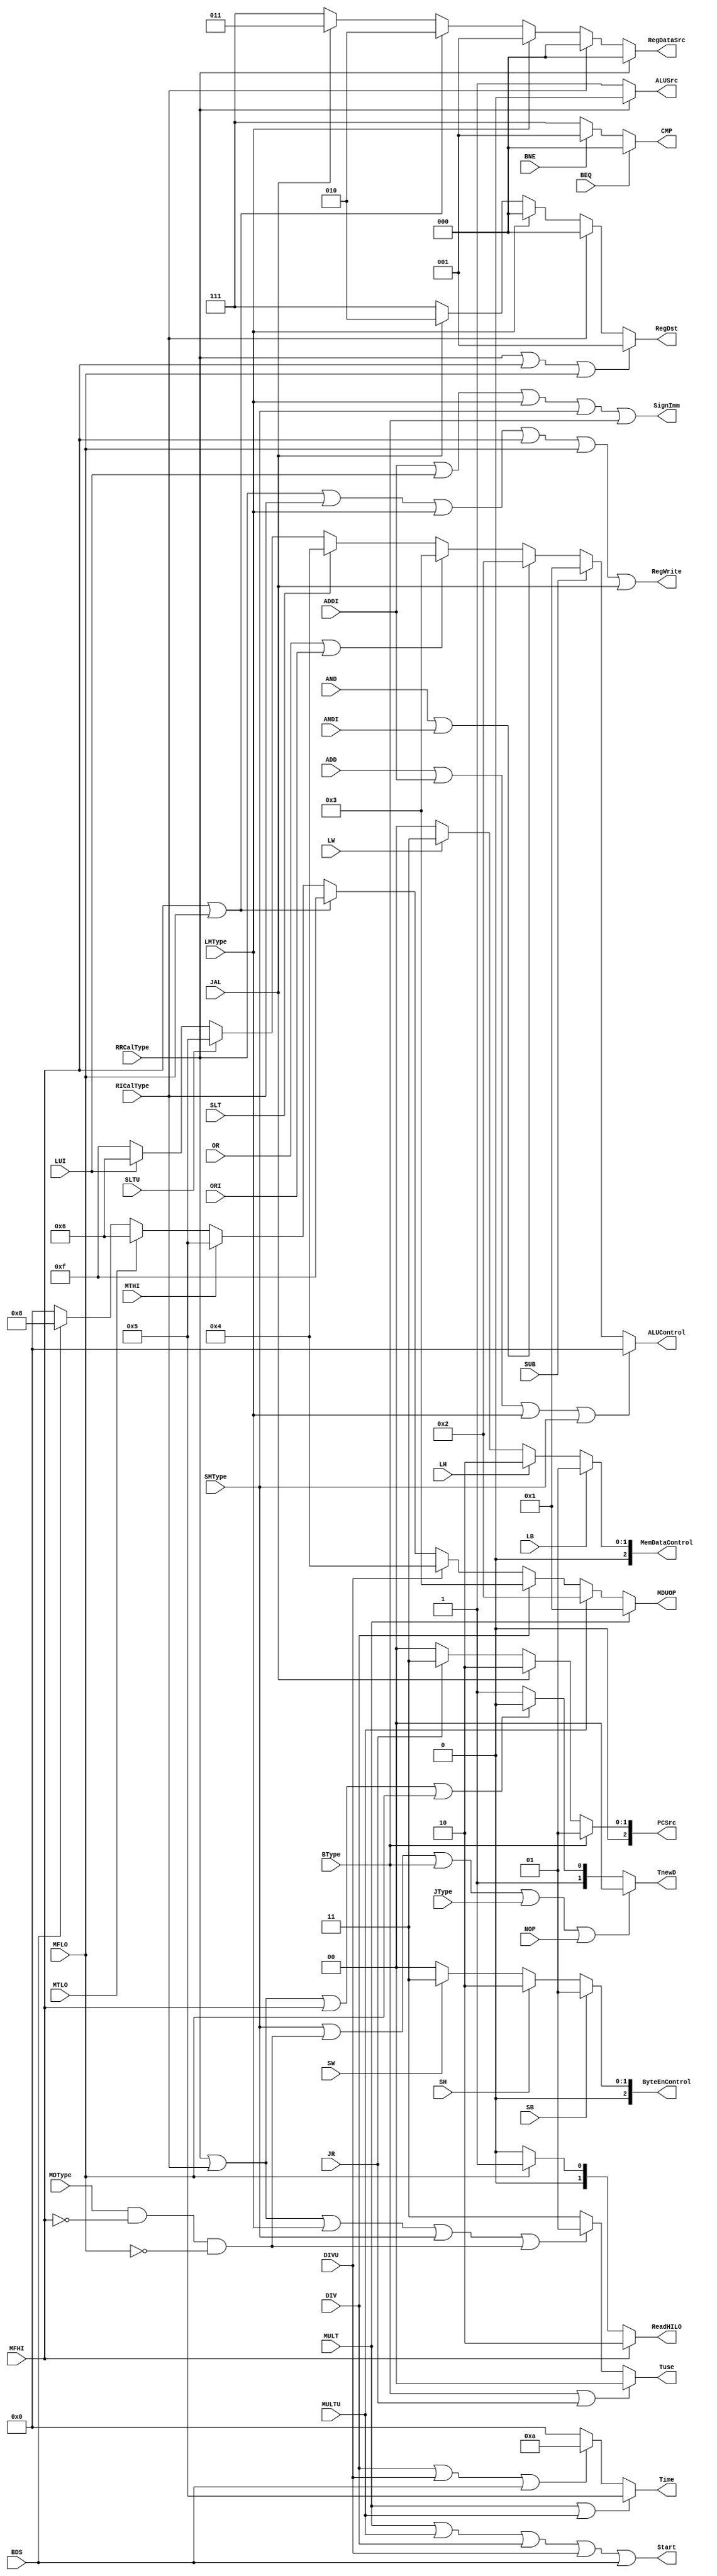
`timescale 1ns / 1ps
`default_nettype none
module SignalDecoder (
    input wire RRCalType, ADD, SUB, AND, OR, SLT, SLTU,
    input wire RICalType, ADDI, ANDI, ORI, LUI,
    input wire LMType, LB, LH, LW,
    input wire SMType, SB, SH, SW,
    input wire MDType, MULT, MULTU, DIV, DIVU, MFHI, MFLO, MTHI, MTLO, BDS,
    input wire BType, BEQ, BNE,
    input wire JType, JAL, JR,
    input wire NOP,
    
    output wire [2:0] PCSrc, CMP,
    output wire SignImm,
    output wire [2:0] ByteEnControl, MemDataControl,
    output wire RegWrite,
    output wire [2:0] RegDataSrc, RegDst,
    output wire [1:0] Tuse, TnewD,
    output wire [3:0] ALUControl,
    output wire ALUSrc,
    output wire Start,
    output wire [3:0] MDUOP,
    output wire [1:0] ReadHILO,
    output wire [3:0] Time
);
    assign PCSrc =  BType ? 3'b001 :
                    JAL ? 3'b010 :
                    JR ? 3'b011 : 3'b000;

    assign CMP =    BEQ ? 3'b000 :
                    BNE ? 3'b001 : 3'b111;

    assign SignImm = ADDI | LUI | LMType | SMType | BType;

    assign ByteEnControl =  SB ? 3'b001 :
                            SH ? 3'b010 :
                            SW ? 3'b011 : 3'b000;

    assign MemDataControl = LB ? 3'b001 :
                            LH ? 3'b010 :
                            LW ? 3'b011 : 3'b000;

    assign RegWrite = RRCalType | RICalType | LMType | MFHI | MFLO | JAL;

    assign RegDataSrc = RRCalType ? 3'b000 :
                        RICalType ? 3'b000 :
                        LMType ? 3'b001 :
                        (MFHI || MFLO) ? 3'b010 :
                        JAL ? 3'b011 : 3'b111;

    assign RegDst = (RRCalType || MFHI || MFLO) ? 3'b001 :
                    RICalType ? 3'b000 :
                    LMType ? 3'b000 :
                    JAL ? 3'b010 : 3'b111;

    assign Tuse =   (BType || JR) ? 2'd0 :
                    (RRCalType || RICalType || LMType || SMType
                     || (MDType && !MFHI && !MFLO)) ? 2'd1 :
                    (MFHI || MFLO || JAL || NOP) ? 2'd3 : 2'd3;

    assign TnewD =  (SMType || (MDType && !MFHI && !MFLO) 
                     || BType || JType || NOP) ? 2'd0 :
                    (RRCalType || RICalType || MFHI || MFLO) ? 2'd2 :
                    LMType ? 2'd3 : 2'b11;

    assign ALUControl = (ADD | ADDI | LMType | SMType) ? 4'b0000 :
                        SUB ? 4'b0001 :
                        (AND | ANDI) ? 4'b0010 :
                        (OR | ORI) ? 4'b0011 :
                        SLT ? 4'b0100 :
                        SLTU ? 4'b0101 :
                        LUI ? 4'b0110 : 4'b1111;

    assign ALUSrc =     (RRCalType) ? 1'b0 :
                        (RICalType || LMType || SMType) ? 1'b1 : 1'b1;

    assign Start = MULT | MULTU | DIV | DIVU | BDS;

    assign MDUOP =  MULT ? 4'b0001 :
                    MULTU ? 4'b0010 :
                    DIV ? 4'b0011 :
                    DIVU ? 4'b0100 :
                    (MFHI || MFLO) ? 4'b1111 :
                    MTHI ? 4'b0101 :
                    MTLO ? 4'b0110 :
                    BDS ? 4'b1000 : 4'b0000;

    assign ReadHILO =   MFHI ? 2'b10 :
                        MFLO ? 2'b01 : 2'b00;

    assign Time =   (MULT || MULTU) ? 4'd5 :
                    (DIV || DIVU || BDS) ? 4'd10 : 4'd0;
endmodule